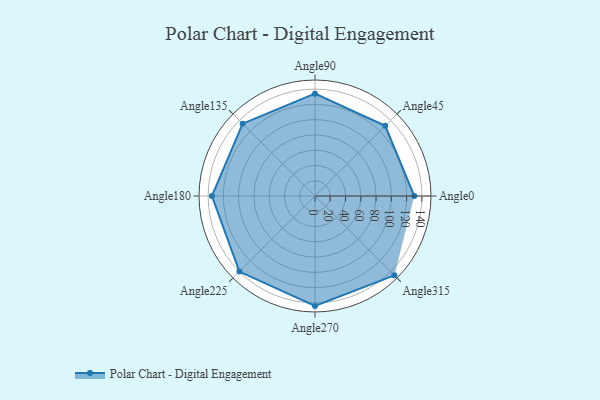
{"axis": {"x": "Angle", "y": "Radius"}, "legend": [""], "data": [{"x": "Angle0", "y": 130.0, "type": ""}, {"x": "Angle45", "y": 130.0, "type": ""}, {"x": "Angle90", "y": 134.0, "type": ""}, {"x": "Angle135", "y": 134.0, "type": ""}, {"x": "Angle180", "y": 135.0, "type": ""}, {"x": "Angle225", "y": 140.0, "type": ""}, {"x": "Angle270", "y": 144.0, "type": ""}, {"x": "Angle315", "y": 147.0, "type": ""}]}